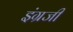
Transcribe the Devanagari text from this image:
इंंग्रजी